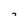
Character: 7